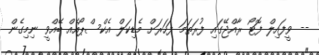
-- ވީފައިލް ފޮޓޯ ރާއްޖޭގައި ފުރަތަމަ ފަހަރަށް މެޑިކަލް އެކްސްޕޯއެއް ބޭއްވީ ނިމިގެން